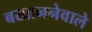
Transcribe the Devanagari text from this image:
बखाननेवाले